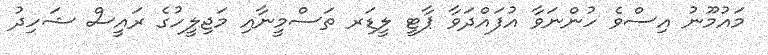
މައުމޫނު އިސްވެ ހުންނަވާ އުފައްދަވާ ޕާޓީ ލީޑަރ ތަސްމީނާއި މަޖިލީހުގެ ރައީސް ޝަހިދު